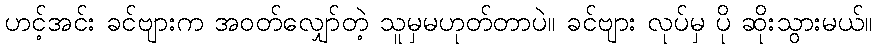
ဟင့်အင်း ခင်ဗျားက အဝတ်လျှော်တဲ့ သူမှမဟုတ်တာပဲ။ ခင်ဗျား လုပ်မှ ပို ဆိုးသွားမယ်။